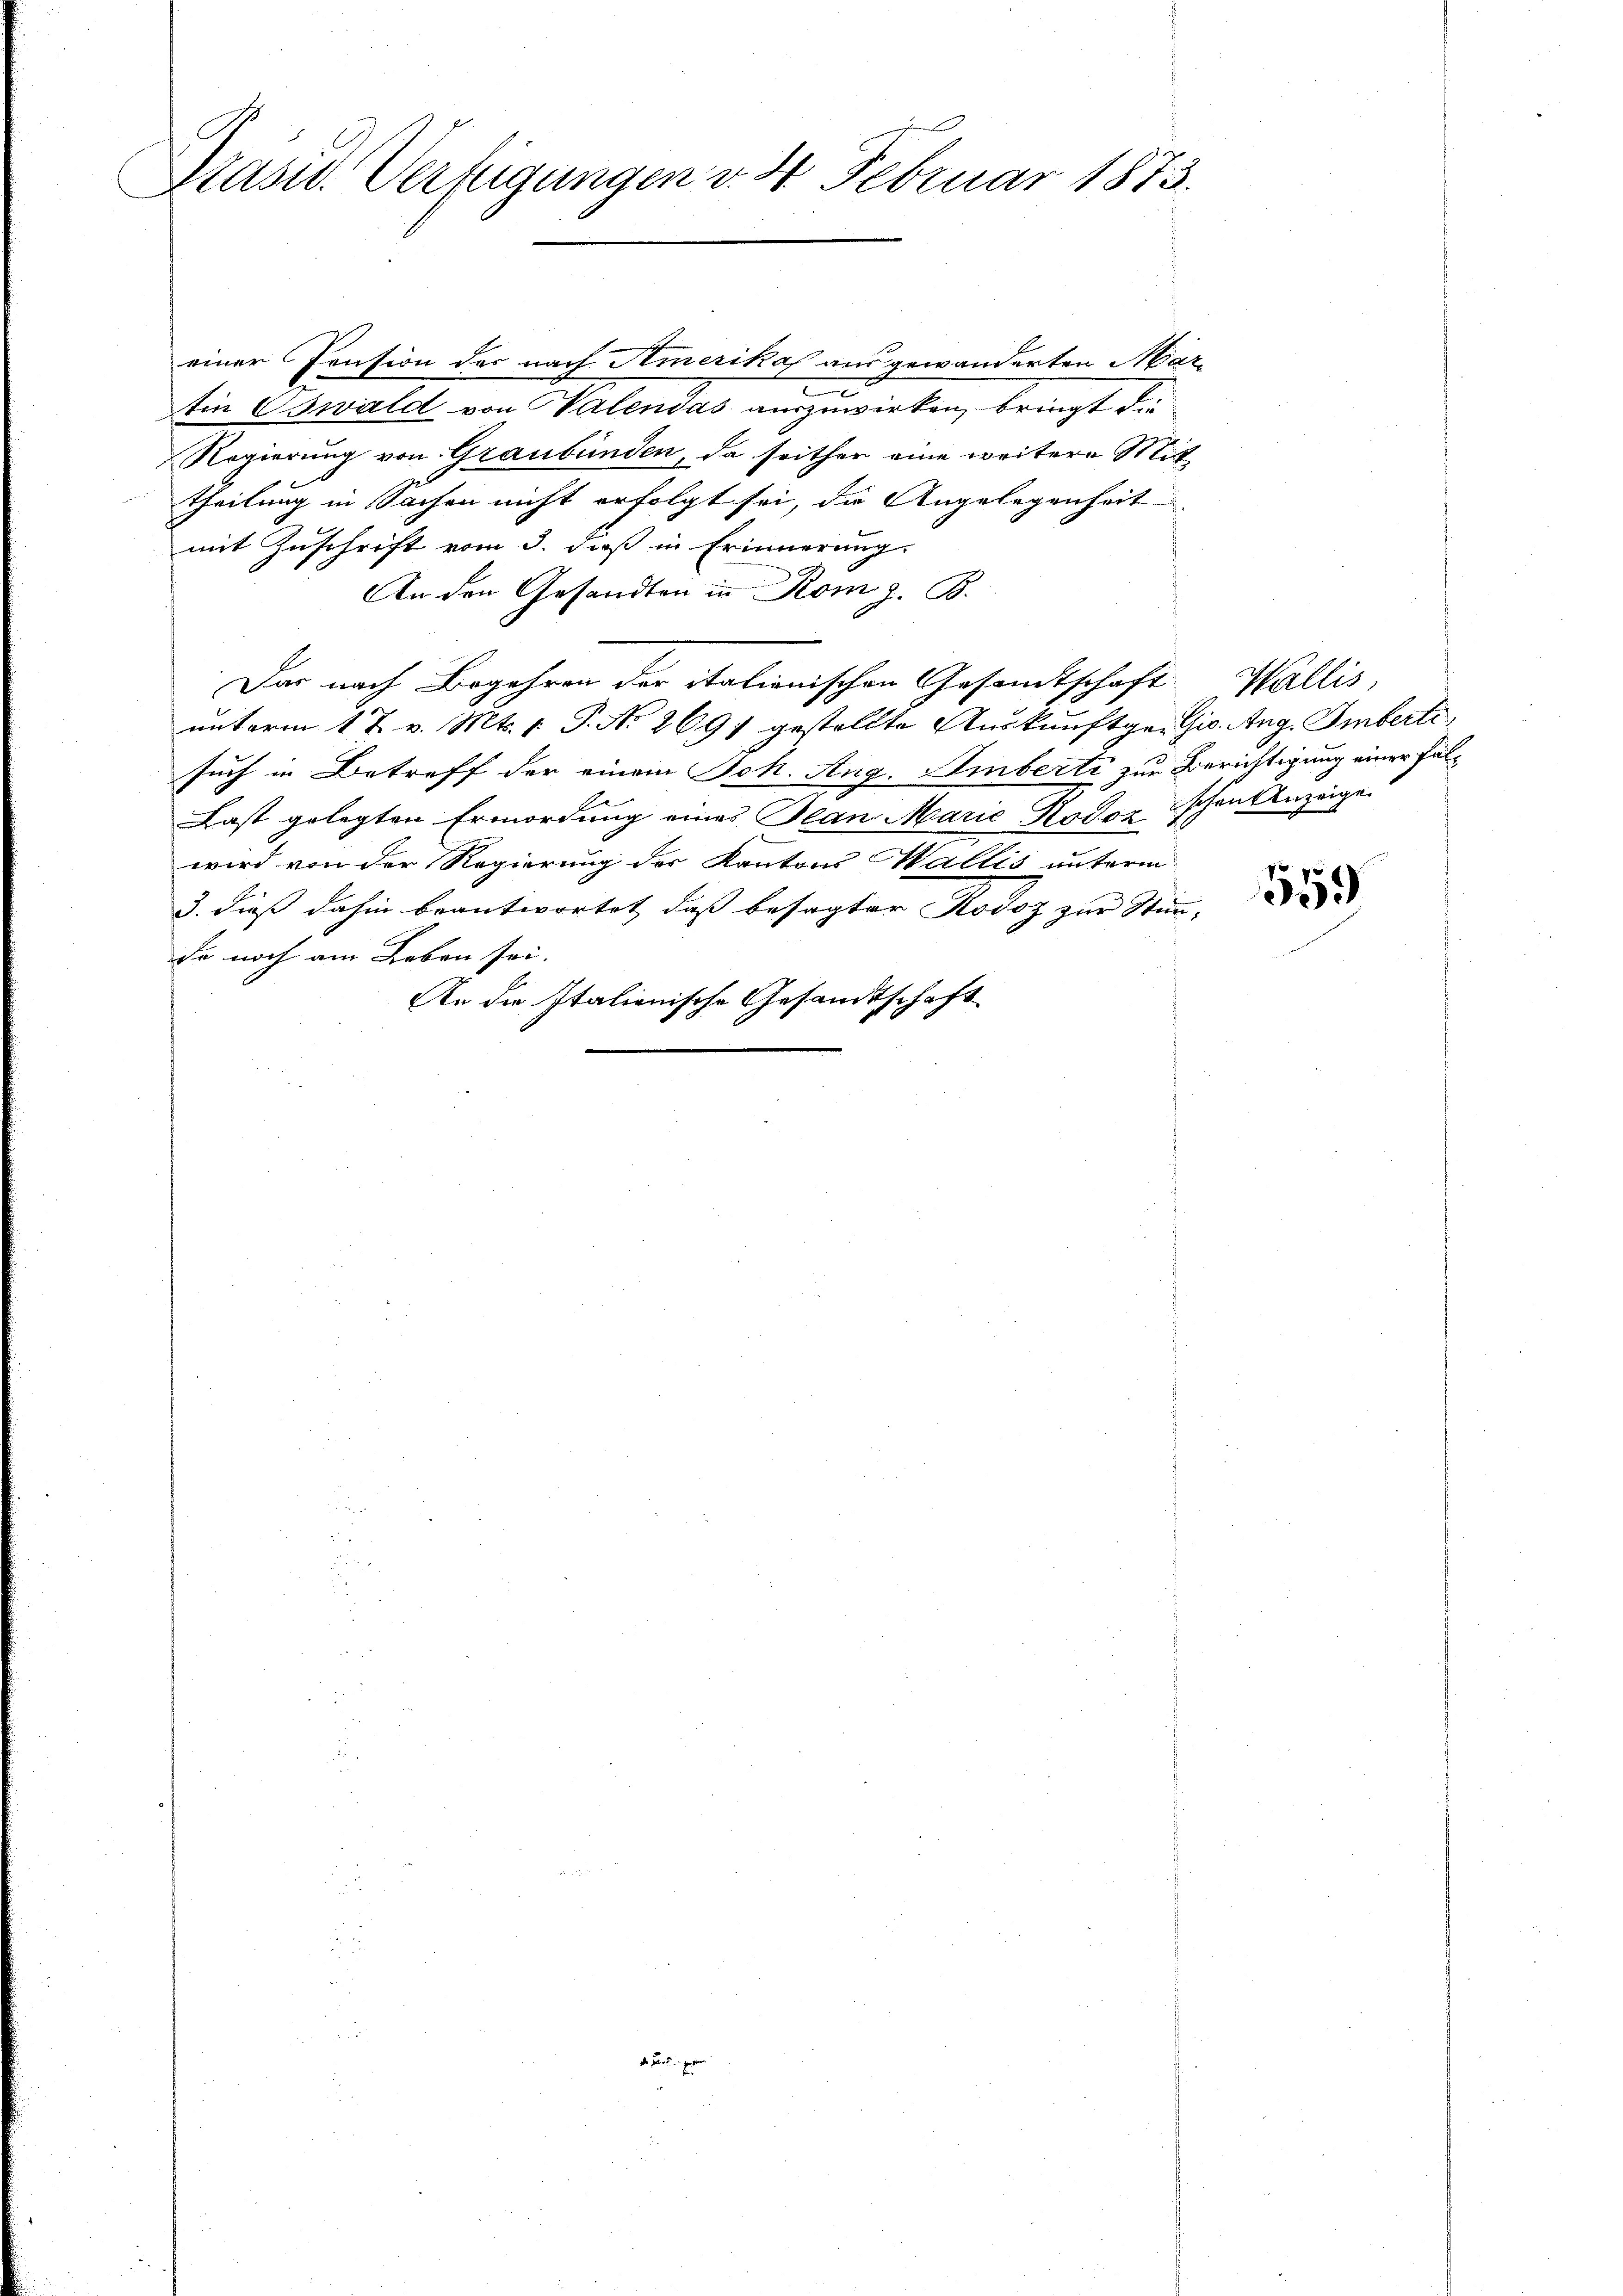
Präsid.. Verfügungen v. 4. Februar 1873.

einer Pension des nach Amerikas ausgewanderten Martin Oswald von Malendas auszuwirken, bringt die
Regierung von Graubünden, da seither eine weitere Mit
theilung in Sachen nicht erfolgt sei, die Angelegenheit
mit Zuschrift vom 3. daß in Erinnerung.
An den Gesandten in Rom z. B.
Das nach Begehren der italionischen Gesandtschaft Wallis,
unterm 1 t v. Mts. 1. P. Nr. 2691 gestellte Auskunftgr. Gis. Aug. Imberti
such in Betreff der einem Joh. Aug. Amberti zur Berichtigung einer Fal¬
Last gelegten Ermordung eines Plan Marie Kodor schont Anzeige
wird von der Regierung der Kantons Wallis unterm
3. dieß dahin beantwortet, daß besagter Kodoz zur Stimm-
de noch am Leben sei.
An die Italienische Gesandtschaft

d  gegen

559